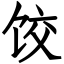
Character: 饺